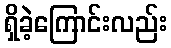
ရှိခဲ့ကြောင်းလည်း